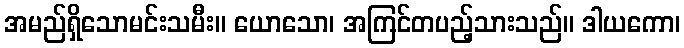
အမည်ရှိသောမင်းသမီး။ ယောသော၊ အကြင်တပည့်သားသည်။ ဒါယကော၊